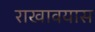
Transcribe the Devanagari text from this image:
राखावयास